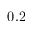
0 . 2